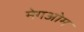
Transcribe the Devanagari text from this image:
मेगओम